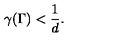
\gamma ( \Gamma ) < \frac { 1 } { d } .